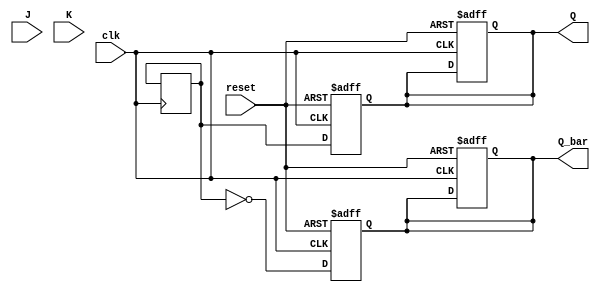
module neg_edge_JK_FF (
    input wire clk,
    input wire reset,
    input wire J,
    input wire K,
    output reg Q,
    output reg Q_bar
);

reg Q_next;

always @(posedge clk or posedge reset) begin
    if (reset) begin
        Q <= 1'b0;
        Q_bar <= 1'b1;
    end else begin
        if (~clk && (clk)) begin
            if (J & ~K) begin
                Q_next <= 1'b1;
            end else if (~J & K) begin
                Q_next <= 1'b0;
            end else if (J & K) begin
                Q_next <= ~Q;
            end else begin
                Q_next <= Q;
            end
        end
    end
end

always @(posedge clk or posedge reset) begin
    if (reset) begin
        Q <= 1'b0;
        Q_bar <= 1'b1;
    end else begin
        Q <= Q_next;
        Q_bar <= ~Q_next;
    end
end

endmodule